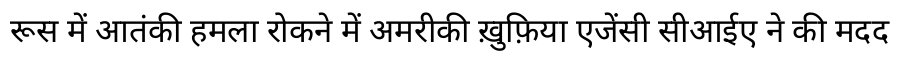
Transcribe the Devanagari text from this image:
रूस में आतंकी हमला रोकने में अमरीकी ख़ुफ़िया एजेंसी सीआईए ने की मदद